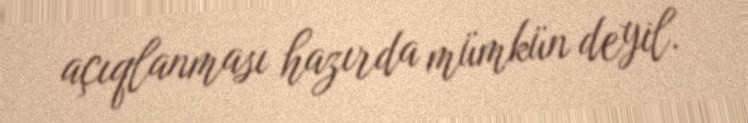
açıqlanması hazırda mümkün deyil.